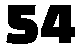
54